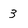
Character: 3